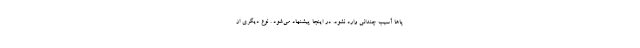
پاها آسیب چندانی وارد نشود. در اینجا پیشنهاد می‌شود . نوع دیگری از